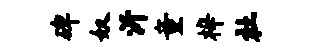
碑奴沂童梓社